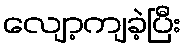
လျော့ကျခဲ့ပြီး